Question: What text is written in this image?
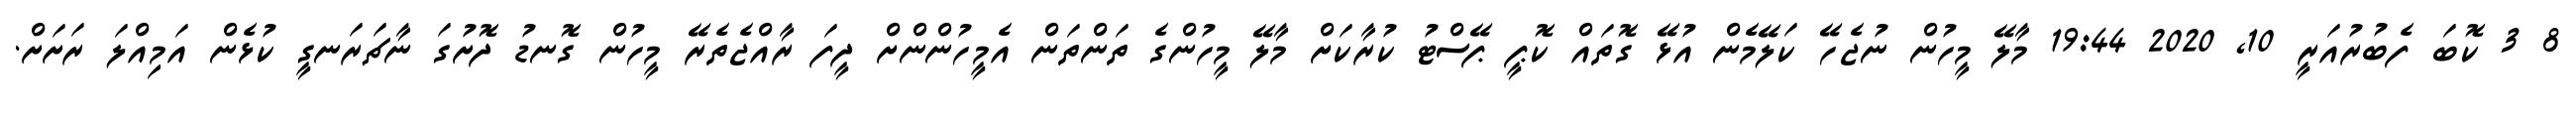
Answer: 8 3 ކޮބަ ފެބުރުއަރީ 10, 2020 19:44 މާލޭ މީހުން ނުޖެހޭ ކަލޭމެން އުޅޭ ގޮތައް ކޮޕީ ޕޭސްޓު ކުރާކަށް މާލޭ މީހުންގެ ތަންތަން އެމީހުންންށް ދީފަ ރާއްޖެތެރޭ މީހުން ގޮނޑު ދޮށުގަ ނާޗަރަނގީ ކުޅެން އަމިއްލަ ރަށަށް.